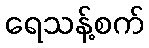
ရေသန့်စက်